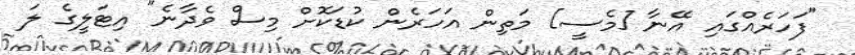
"ފަހަރެއްގައި އޭނާ [މެސީ] މަތިން އަހަރެން ކުޑަކޮށް މިސް ވެދާނެ" އިޓަލީގެ ލަ